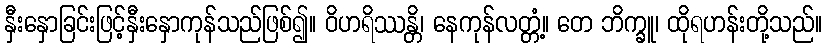
နှီးနှောခြင်းဖြင့်နှီးနှောကုန်သည်ဖြစ်၍။ ဝိဟရိဿန္တိ၊ နေကုန်လတ္တံ့။ တေ ဘိက္ခူ၊ ထိုရဟန်းတို့သည်။